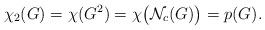
LaTeX: \begin{align*}\chi_{2}(G)=\chi(G^{2})=\chi\big{(}\mathcal{N}_{c}(G)\big{)}=p(G).\end{align*}